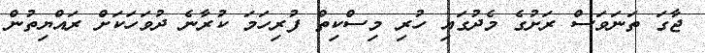
ޖާގަ ތަނަވަސް ރަށުގެ މެދުގައި ހުރި މިސްކިތް ފުރިހަމަ ކުރާނެ ދުވަހަކަށް ރައްޔިތުން